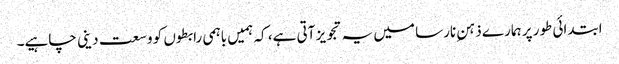
ابتدائی طور پر ہمارے ذہنِ نارسا میں یہ تجویز آتی ہے، کہ ہمیں باہمی رابطوں کو وسعت دینی چاہیے۔